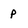
Character: p